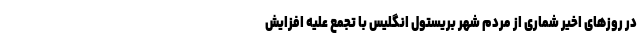
در روزهای اخیر شماری از مردم شهر بریستول انگلیس با تجمع علیه افزایش